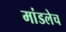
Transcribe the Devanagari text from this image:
मांडलेच